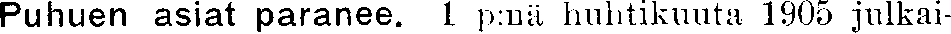
Puhuen asiat paranee. 1 p:nä huhtikuuta 1905 julkai-